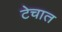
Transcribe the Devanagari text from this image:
टेचात